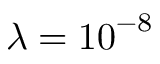
\lambda = { 1 0 } ^ { - 8 }